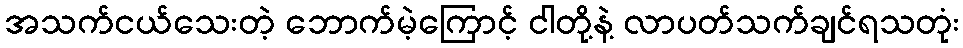
အသက်ငယ်သေးတဲ့ ဘောက်မဲ့ကြောင့် ငါတို့နဲ့ လာပတ်သက်ချင်ရသတုံး